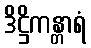
ဒိဋ္ဌိကန္တာရံ